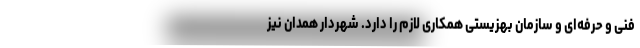
فنی و حرفه‌ای و سازمان بهزیستی همکاری لازم را دارد. شهردار همدان نیز